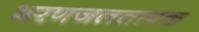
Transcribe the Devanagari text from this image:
भरणजलतापक